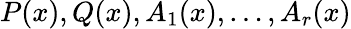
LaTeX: P(x),Q(x),A_{1}(x),\ldots,A_{r}(x)